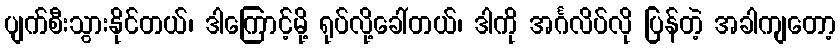
ပျက်စီးသွားနိုင်တယ်၊ ဒါကြောင့်မို့ ရုပ်လို့ခေါ်တယ်၊ ဒါကို အင်္ဂလိပ်လို ပြန်တဲ့ အခါကျတော့